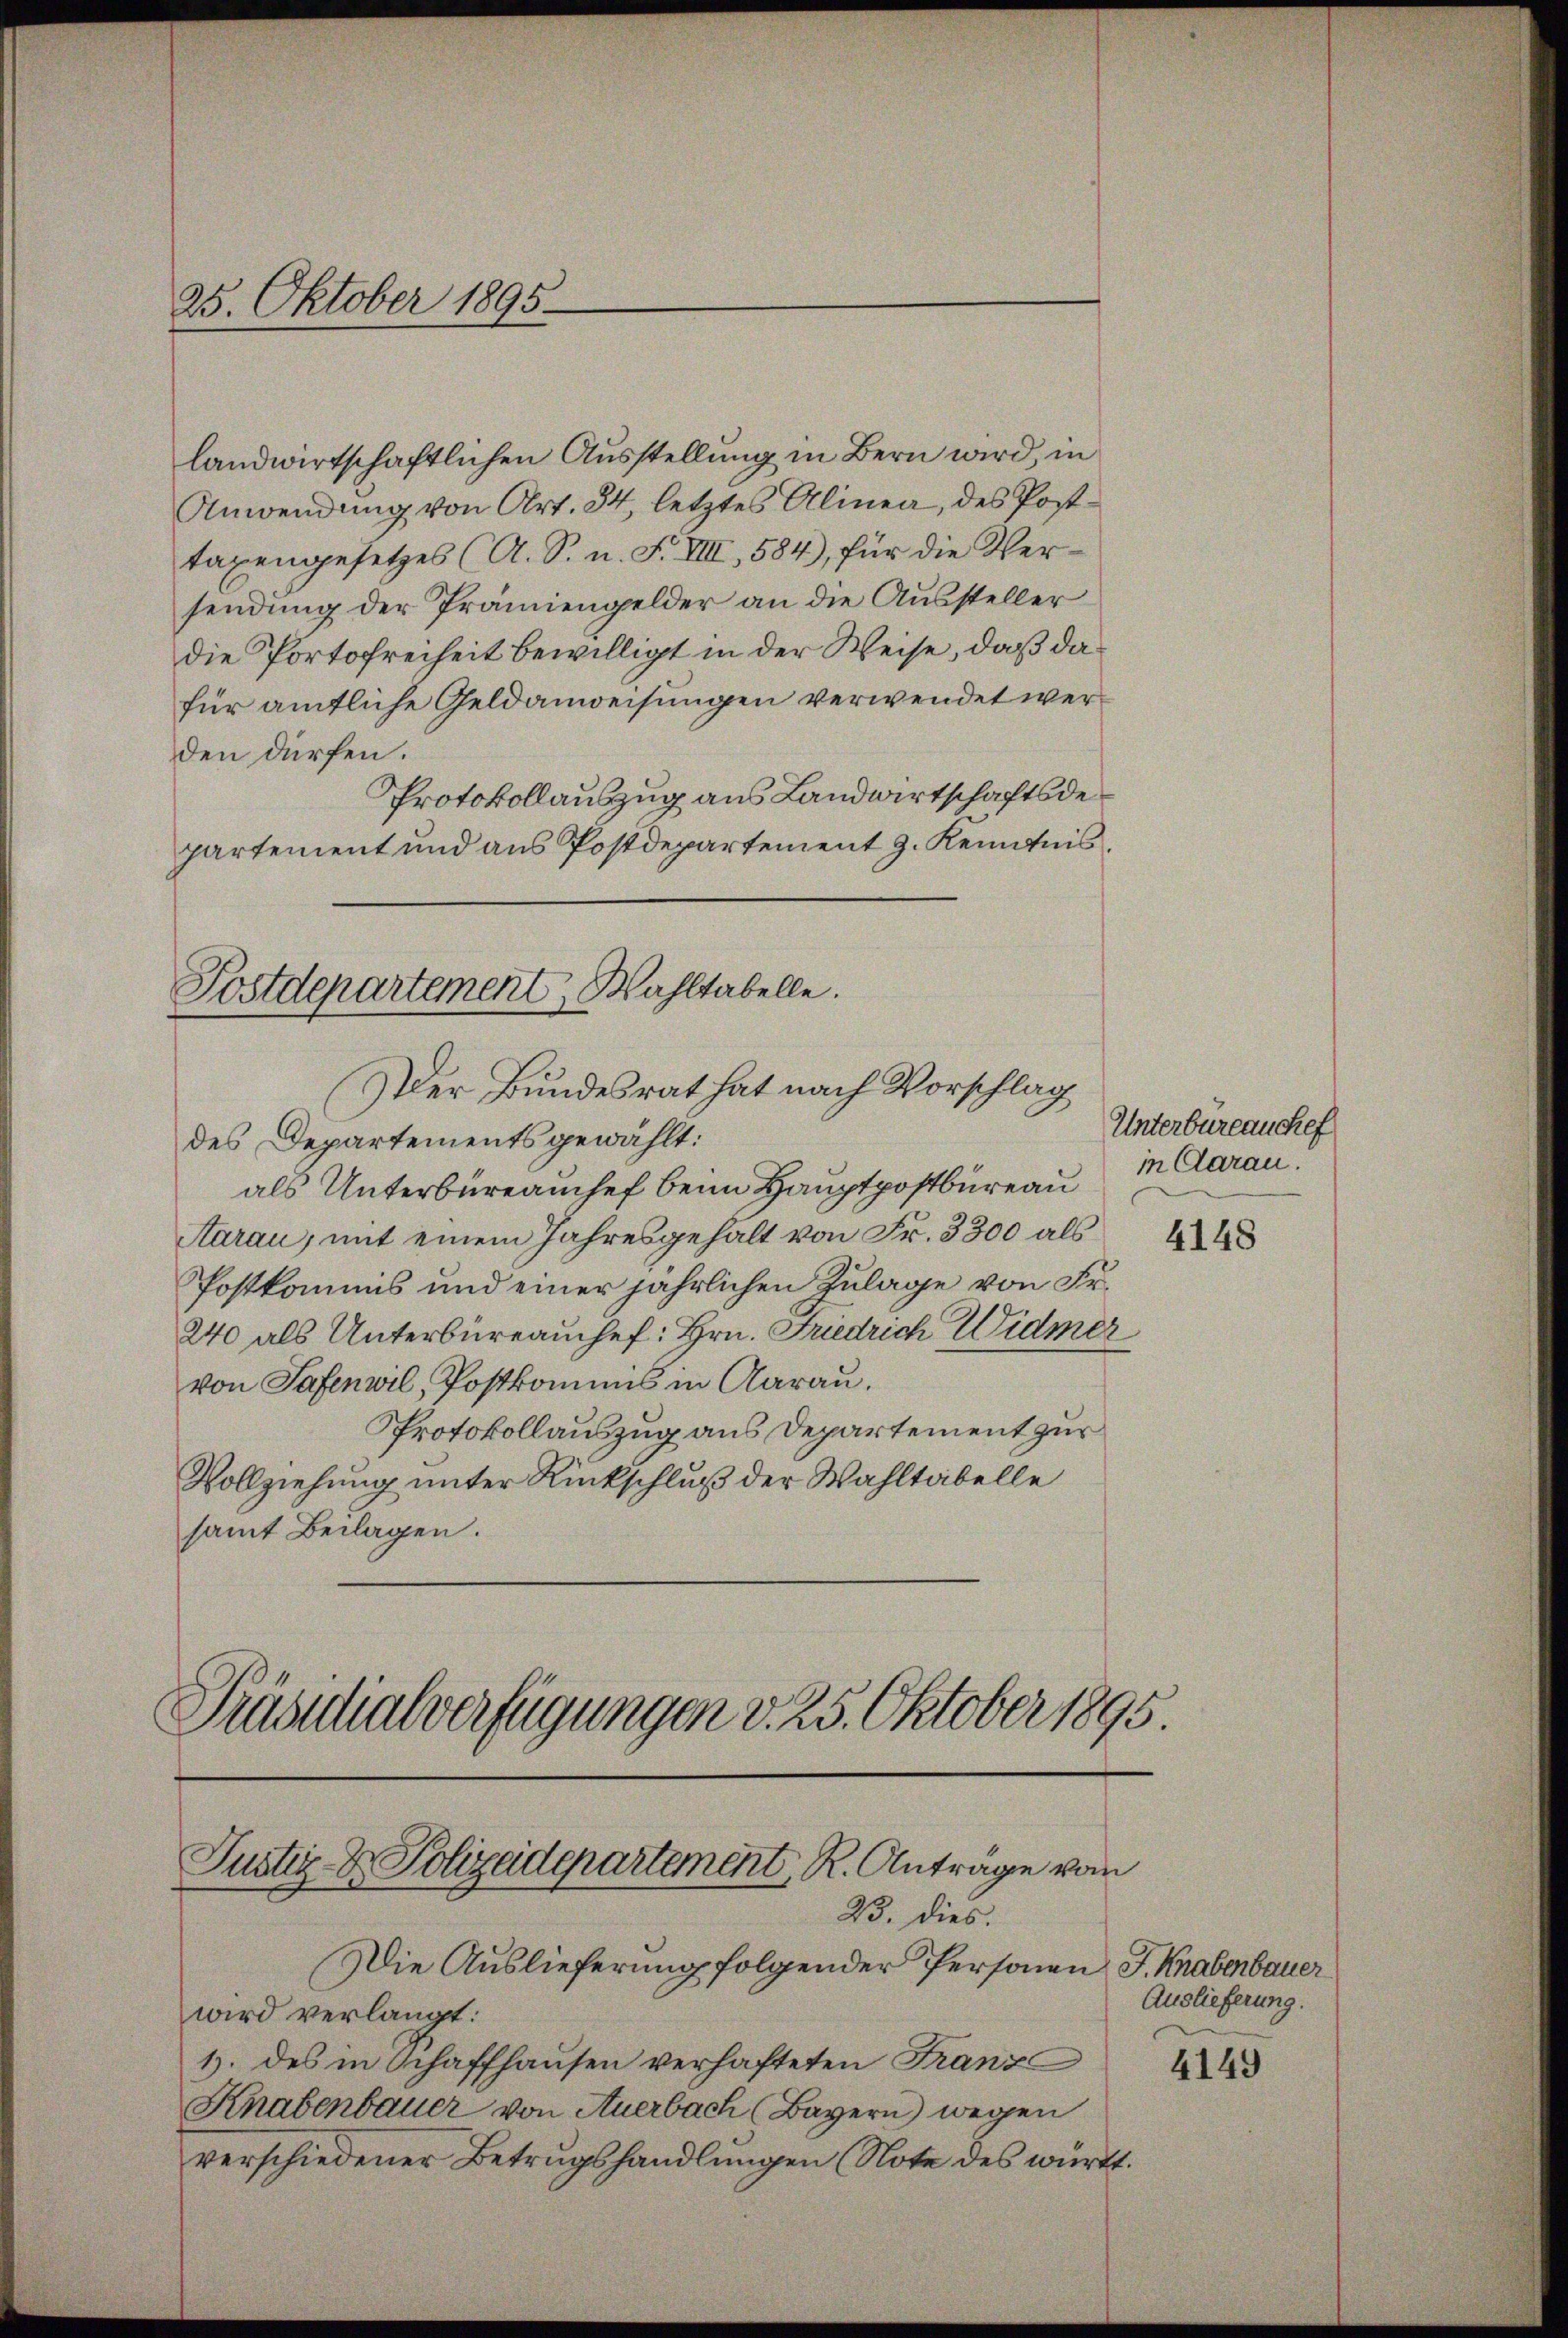
25. Oktober 1895

landwirtschaftlichen Ausstellung in Bern wird, in
Anwendung von Art. 34, letztes Alinea, des Posttaxengesetzes (A. S. n. F. VIII, 584), für die Versendung der Prämiengelder an die Aussteller
die Portofreiheit bewilligt in der Weise, daß dafür amtliche Geldanweisungen verwendet werden dürfen.
Protokollauszug aus Landwirtschaftsdepartement und aus Postdepartement J. Kenntnis,
Postdepartement, Wahltabelle.

Justiz- & Polizeidepartement, R. Antrage vom
23. dies.

Der Bundesrat hat nach Vorschlag
des Departements gewählt:
als Unterbüreauchef beim Hauptpostbureau
Aarau, mit einem Jahresgehalt von Fr. 3300 als
Postkommis und einer jährlichen Zulage von Fr.
240 als Unterbüreauchef: Hrn. Friedrich Widmer
von Safenwil, Postkomis in Aarau,
Protokollauszug aus Departement zur
Vollziehung unter Rückschluß der Wahltabelle
samt Beilagen.
Präsidialverfügungen v. 25. Oktober 1895.

Die Auslieferung folgender Personen J. Knabenbauer
wird verlangt:
1) des in Schaffhausen verhafteten Franz
Knabenbauer von Auerbach (Bayern) wegen
verschiedener Betrugshandlungen (Note des württ.

Unterbureau chef
in Daran.

4148

Auslieferung.

4149